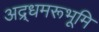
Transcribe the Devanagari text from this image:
अद्र्धमरूभूमि